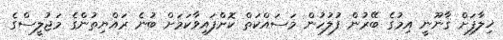
ޚިލާފަށް ޤާނޫނީ އިމުގެ ބޭރުން ފުލުހުން މަސައްކަތް ކޮށްފައިވާކަމަށް ބުނެ ރައްޔިތުންގެ މަޖުލީސްގެ